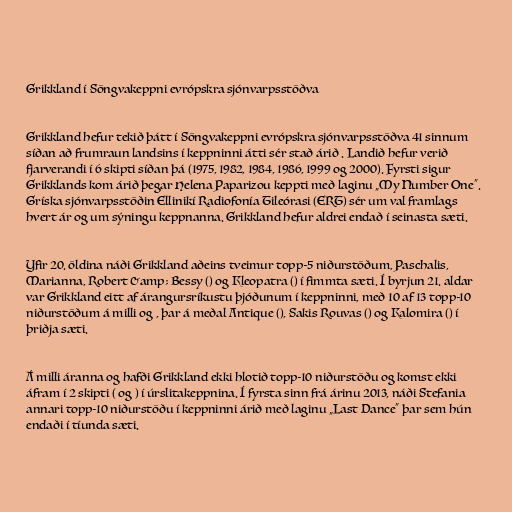
Grikkland í Söngvakeppni evrópskra sjónvarpsstöðva

Grikkland hefur tekið þátt í Söngvakeppni evrópskra sjónvarpsstöðva 41 sinnum
síðan að frumraun landsins í keppninni átti sér stað árið . Landið hefur verið
fjarverandi í 6 skipti síðan þá (1975, 1982, 1984, 1986, 1999 og 2000). Fyrsti sigur
Grikklands kom árið þegar Helena Paparizou keppti með laginu „My Number One“.
Gríska sjónvarpsstöðin Ellinikí Radiofonía Tileórasi (ERT) sér um val framlags
hvert ár og um sýningu keppnanna. Grikkland hefur aldrei endað í seinasta sæti.

Yfir 20. öldina náði Grikkland aðeins tveimur topp-5 niðurstöðum, Paschalis,
Marianna, Robert &amp; Bessy () og Kleopatra () í fimmta sæti. Í byrjun 21. aldar
var Grikkland eitt af árangursríkustu þjóðunum í keppninni, með 10 af 13 topp-10
niðurstöðum á milli og , þar á meðal Antique (), Sakis Rouvas () og Kalomira () í
þriðja sæti.

Á milli áranna og hafði Grikkland ekki hlotið topp-10 niðurstöðu og komst ekki
áfram í 2 skipti ( og ) í úrslitakeppnina. Í fyrsta sinn frá árinu 2013, náði Stefania
annari topp-10 niðurstöðu í keppninni árið með laginu „Last Dance“ þar sem hún
endaði í tíunda sæti.